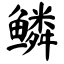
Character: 鳞